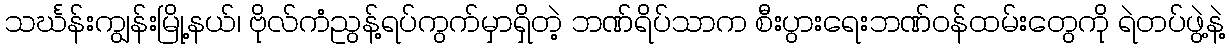
သင်္ဃန်းကျွန်းမြို့နယ်၊ ဗိုလ်ကံညွန့်ရပ်ကွက်မှာရှိတဲ့ ဘဏ်ရိပ်သာက စီးပွားရေးဘဏ်ဝန်ထမ်းတွေကို ရဲတပ်ဖွဲ့နဲ့